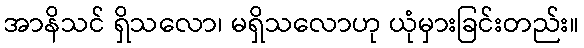
အာနိသင် ရှိသလော၊ မရှိသလောဟု ယုံမှားခြင်းတည်း။